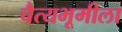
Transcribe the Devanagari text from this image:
चैत्यभूमीला